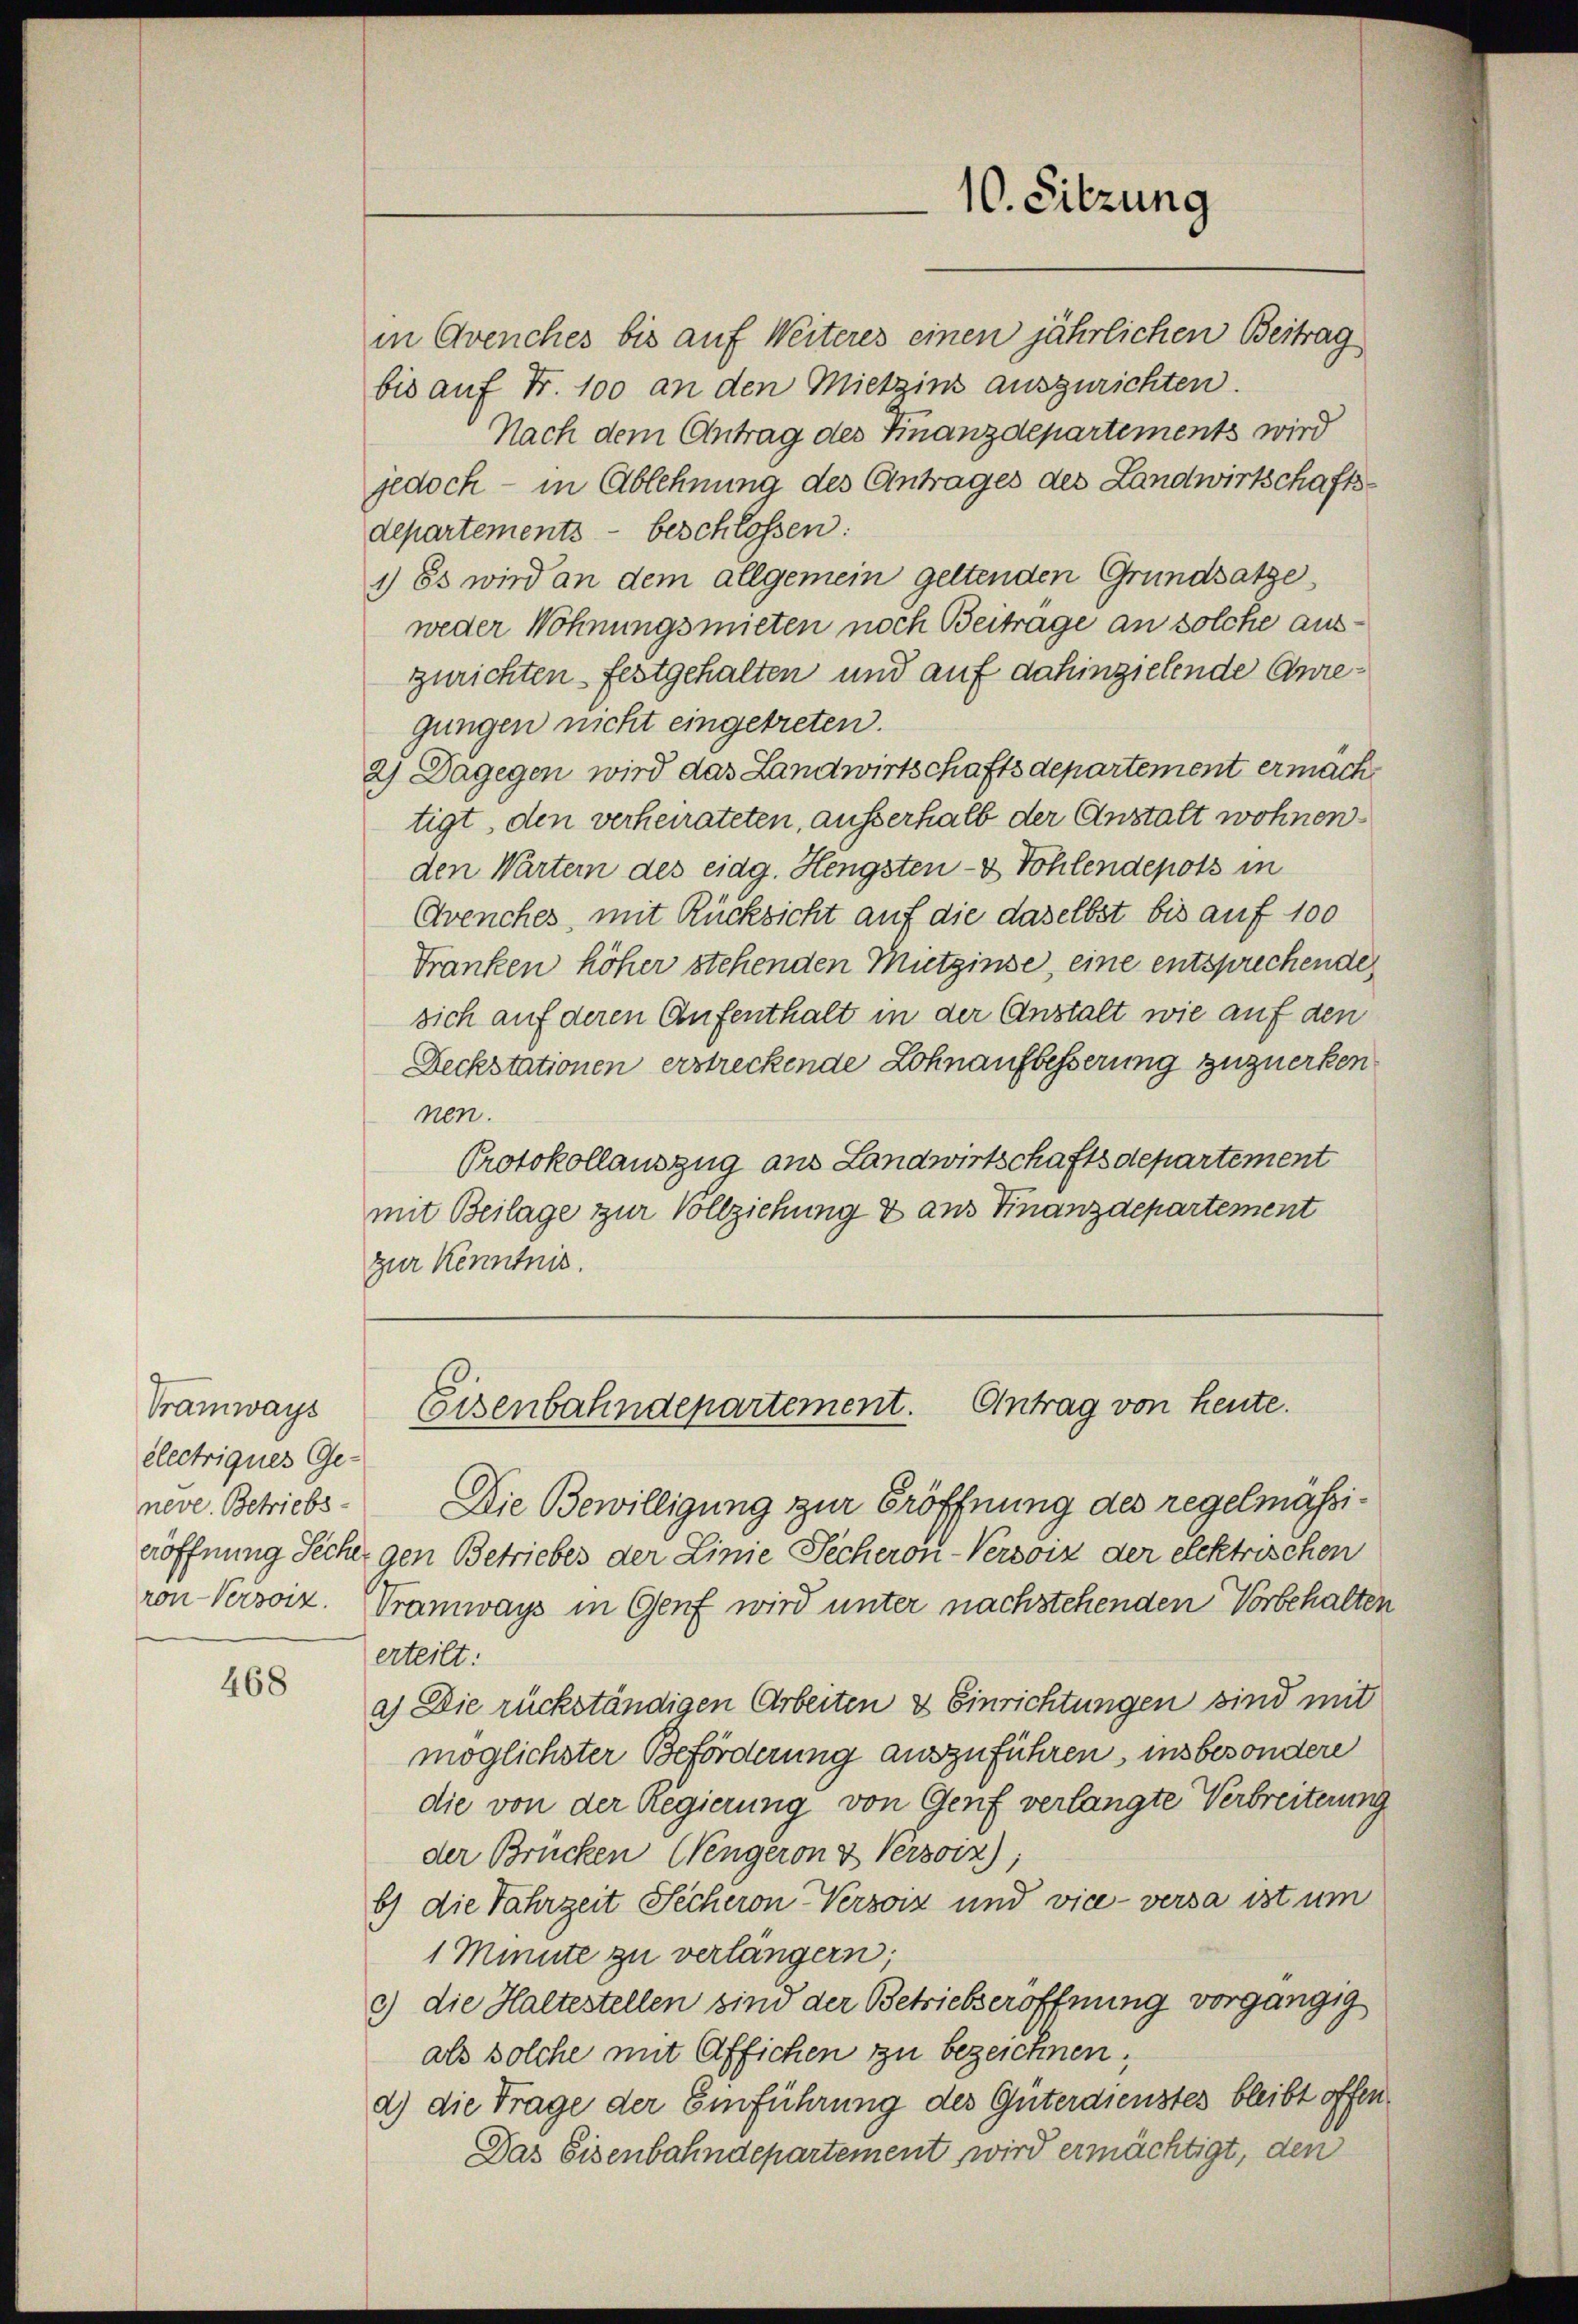
Tramways
électriques Ge-
neve. Betriebsron-Versoiz.

468

in Avenches bis auf Weiteres einen jährlichen Beitrag
bis auf Fr. 100 an den Mietzins auszurichten.
Nach dem Antrag des Finanzdepartements wird
jedoch - in Ablehnung des Antrages des Landwirtschaftsdepartements - beschlossen:
1) Es wird an dem allgemein geltenden Grundsatze,
weder Wohnungsmieten noch Beitrage an solche auszurichten festgehalten und auf dahinzielende Anregungen nicht eingetreten.
2) Dagegen wird das Landwirtschaftsdepartement ermäch
tigt, den verheirateten, ausserhalb der Anstalt wohnen
den Wartern des eidg. Hengsten- & Kohlendepots in
Cvenches, mit Rücksicht auf die daselbst bis auf 100
Franken höher stehenden Mietzinse, eine entsprechende
sich auf deren Aufenthalt in der Anstalt wie auf den
Reckstationen erstreckende Lohnaufbesserung zuzuerkennen.
Protokollauszug aus Landwirtschaftsdepartement
mit Beilage zur Vollziehung & aus Finanzdepartement
zur Kenntnis.

10. Sitzung

Antrag von heute.
Eisenbahndepartement.

Die Bewilligung zur Eröffnung des regelmässieröffnung Sicher gen Betriebes der Linie Pecheron-Versöiz der elektrischen
Tramways in Genf wird unter nachstehenden Vorbehalten
erteilt:
a) Die rückständigen Arbeiten & Einrichtungen sind mit
möglichster Beförderung auszuführen, insbesondere
die von der Regierung von Genf verlangte Verbreiterung
der Brücken (engeron & Versoiz);
b) die Jahrzeit Sicheron Versoiz und vice - versa ist um
1 Minute zu verlängern;
c) die Haltestellen sind der Betriebseröffnung vorgängig
als solche mit Affichen zu bezeichnen,
a) die Trage der Einführung des Güterdienstes bleibt offen
Das Eisenbahndepartement wird ermächtigt, den